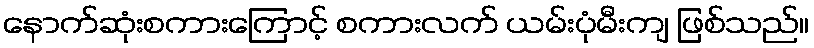
နောက်ဆုံးစကားကြောင့် စကားလက် ယမ်းပုံမီးကျ ဖြစ်သည်။